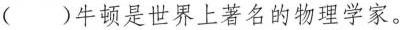
（ ）牛顿是世界上著名的物理学家。